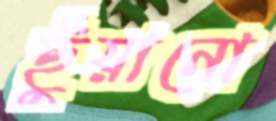
ছুঁয়ানো